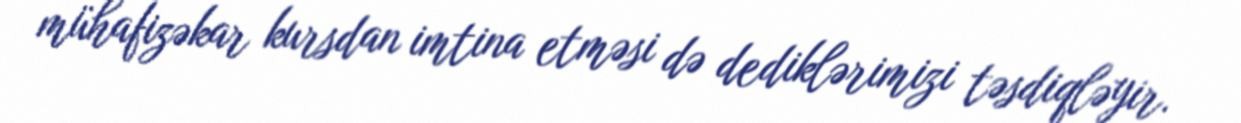
mühafizəkar kursdan imtina etməsi də dediklərimizi təsdiqləyir.